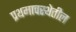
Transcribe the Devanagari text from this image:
प्रथमावस्थेतील